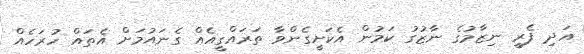
އަދި ފެރީ ނިޒާމުގެ ނާޒުގު ކަމުން އެކަށީގެންވާ ތަރައްގީއެއް ގެނައުމަށް އެތައް ހުރަހެއް